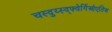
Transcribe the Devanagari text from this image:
चस्दुय्स्द्फ्वेर्गिओएतिअ